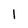
Character: 1